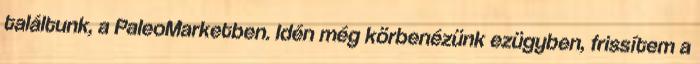
találtunk, a PaleoMarketben. Idén még körbenézünk ezügyben, frissítem a